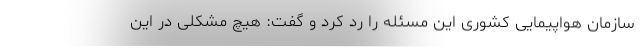
سازمان هواپیمایی کشوری این مسئله را رد کرد و گفت: هیچ مشکلی در این